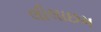
લીલાછમ